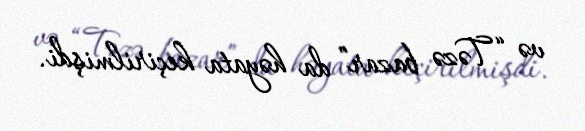
və “Təzə bazar” da həyata keçirilmişdi.